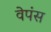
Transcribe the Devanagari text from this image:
वेपंस